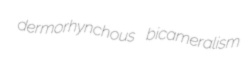
dermorhynchous bicameralism